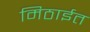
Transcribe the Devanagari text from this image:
मिठाईत